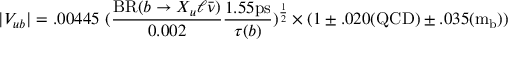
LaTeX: | V _ { u b } | = . 0 0 4 4 5 ~ ( \frac { \mathrm { B R } ( b \rightarrow X _ { u } \ell \bar { \nu } ) } { 0 . 0 0 2 } \frac { 1 . 5 5 \mathrm { p s } } { \tau ( b ) } ) ^ { \frac { 1 } { 2 } } \times ( 1 \pm . 0 2 0 \mathrm { ( Q C D ) } \pm . 0 3 5 \mathrm { ( m _ { b } ) } )